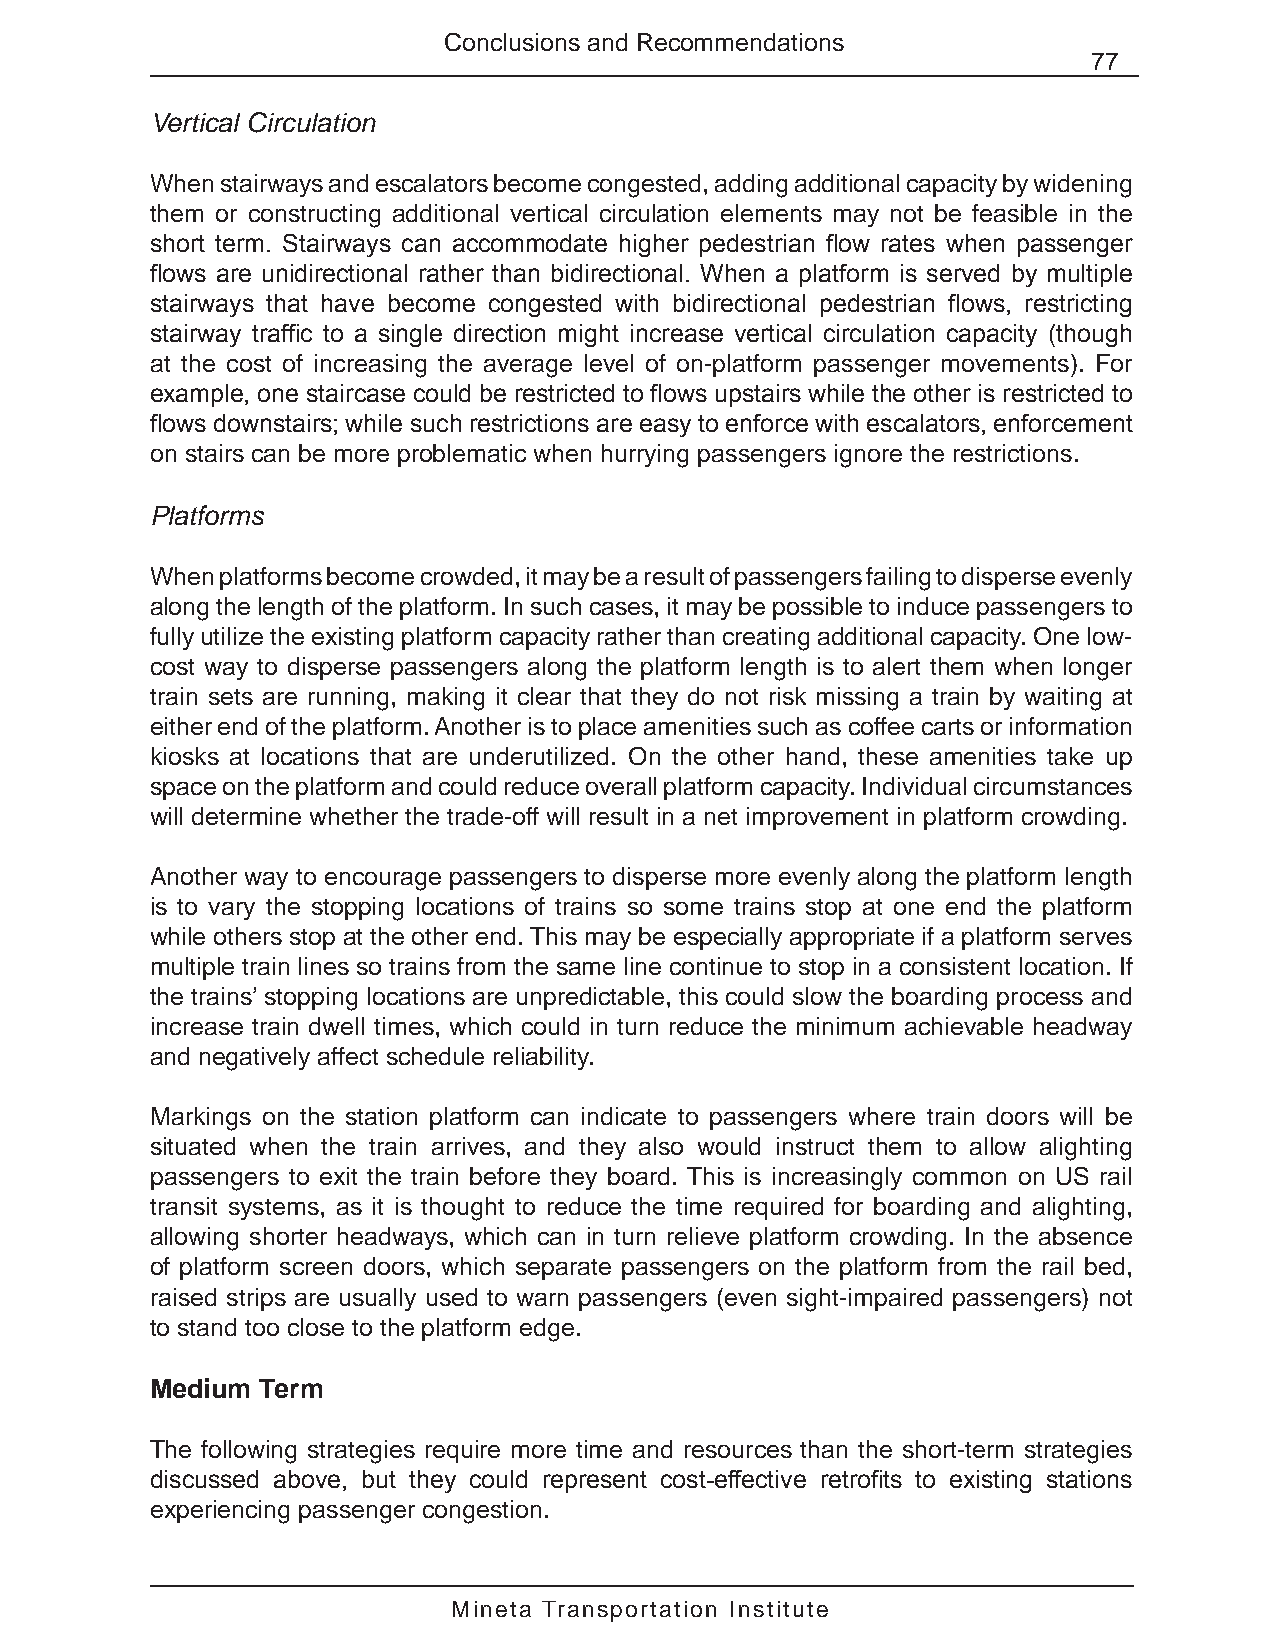
Conclusions and Recommendations
 77
 Vertical Circulation
 When stairways and escalators become congested, adding additional capacity by widening
 them or constructing additional vertical circulation elements may not be feasible in the
 short term. Stairways can accommodate higher pedestrian flow rates when passenger
 flows are unidirectional rather than bidirectional. When a platform is served by multiple
 stairways that have become congested with bidirectional pedestrian flows, restricting
 stairway traffic to a single direction might increase vertical circulation capacity (though
 at the cost of increasing the average level of on-platform passenger movements). For
 example, one staircase could be restricted to flows upstairs while the other is restricted to
 flows downstairs; while such restrictions are easy to enforce with escalators, enforcement
 on stairs can be more problematic when hurrying passengers ignore the restrictions.
 Platforms
 When platforms become crowded, it may be a result of passengers failing to disperse evenly
 along the length of the platform. In such cases, it may be possible to induce passengers to
 fully utilize the existing platform capacity rather than creating additional capacity. One low-
 cost way to disperse passengers along the platform length is to alert them when longer
 train sets are running, making it clear that they do not risk missing a train by waiting at
 either end of the platform. Another is to place amenities such as coffee carts or information
 kiosks at locations that are underutilized. On the other hand, these amenities take up
 space on the platform and could reduce overall platform capacity. Individual circumstances
 will determine whether the trade-off will result in a net improvement in platform crowding.
 Another way to encourage passengers to disperse more evenly along the platform length
 is to vary the stopping locations of trains so some trains stop at one end the platform
 while others stop at the other end. This may be especially appropriate if a platform serves
 multiple train lines so trains from the same line continue to stop in a consistent location. If
 the trains’ stopping locations are unpredictable, this could slow the boarding process and
 increase train dwell times, which could in turn reduce the minimum achievable headway
 and negatively affect schedule reliability.
 Markings on the station platform can indicate to passengers where train doors will be
 situated when the train arrives, and they also would instruct them to allow alighting
 passengers to exit the train before they board. This is increasingly common on US rail
 transit systems, as it is thought to reduce the time required for boarding and alighting,
 allowing shorter headways, which can in turn relieve platform crowding. In the absence
 of platform screen doors, which separate passengers on the platform from the rail bed,
 raised strips are usually used to warn passengers (even sight-impaired passengers) not
 to stand too close to the platform edge.
 Medium Term
 The following strategies require more time and resources than the short-term strategies
 discussed above, but they could represent cost-effective retrofits to existing stations
 experiencing passenger congestion.
 Mineta Transportation Institute